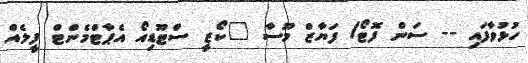
ހުޅުވާފައި -- ސަން ފޮޓޯ/ ފަޔާޒް މޫސާ "ކޯޒީ ސްޓޫޑިއޯ އެޕާޓްމެންޓް ފީލެއް